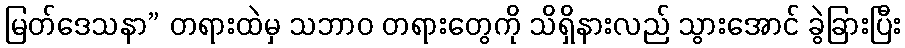
မြတ်ဒေသနာ” တရားထဲမှ သဘာဝ တရားတွေကို သိရှိနားလည် သွားအောင် ခွဲခြားပြီး